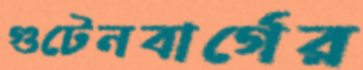
গুটেনবার্গের